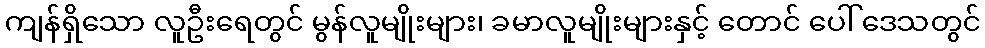
ကျန်ရှိသော လူဦးရေတွင် မွန်လူမျိုးများ၊ ခမာလူမျိုးများနှင့် တောင် ပေါ် ဒေသတွင်